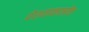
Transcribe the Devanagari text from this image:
पेशवाकालीन